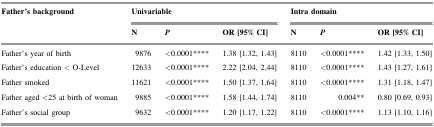
| Father’s background | <COLSPAN=3> Univariable | <COLSPAN=3> Intra domain |
 |  | N | P | OR [95% CI] | N | P | OR [95% CI] |
 | --- | --- | --- | --- | --- | --- | --- |
 | Father’s year of birth | 9876 | <0.0001**** | 1.38 [1.32, 1.43] | 8110 | <0.0001**** | 1.42 [1.33, 1.50] |
 | Father’s education < O-Level | 12633 | <0.0001**** | 2.22 [2.04, 2.44] | 8110 | <0.0001**** | 1.43 [1.27, 1.61] |
 | Father smoked | 11621 | <0.0001**** | 1.50 [1.37, 1.64] | 8110 | <0.0001**** | 1.31 [1.18, 1.47] |
 | Father aged <25 at birth of woman | 9885 | <0.0001**** | 1.58 [1.44, 1.74] | 8110 | 0.004** | 0.80 [0.69, 0.93] |
 | Father’s social group | 9632 | <0.0001**** | 1.20 [1.17, 1.22] | 8110 | <0.0001**** | 1.13 [1.10, 1.16] |